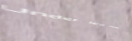
Under New Mgmt